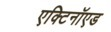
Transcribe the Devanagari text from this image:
एक्टिनॉएड